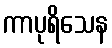
ကာပုရိသေန